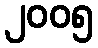
၂၀၀၅